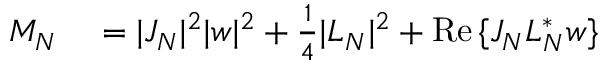
\begin{array} { r l } { M _ { N } } & { { } = | J _ { N } | ^ { 2 } | w | ^ { 2 } + \frac { 1 } { 4 } | L _ { N } | ^ { 2 } + \operatorname { R e } { \{ J _ { N } L _ { N } ^ { * } w \} } } \end{array}